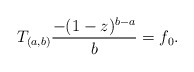
\begin{align*}T_{(a,b)} \frac{-(1-z)^{b-a}}{b} = f_0.\end{align*}